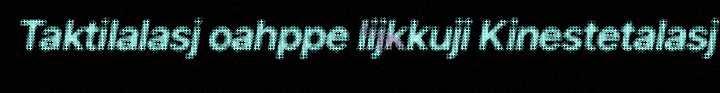
Taktilalasj oahppe lijkkuji Kinestetalasj